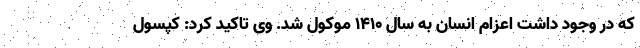
که در وجود داشت اعزام انسان به سال ۱۴۱۰ موکول شد. وی تاکید کرد: کپسول